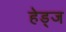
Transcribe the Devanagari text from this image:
हेड्ज